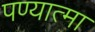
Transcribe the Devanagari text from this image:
पण्यात्मा